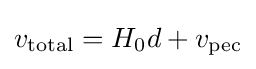
v_{\text{total}}=H_{0}d+v_{\mathrm {pec} }